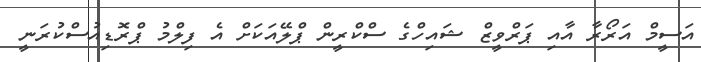
އަސީމް އަރޯރާ އާއި ޕަރްވީޒް ޝައިހްގެ ސްކްރީން ޕްލޭއަކަށް އެ ފިލްމު ޕްރޮޑިއުސްކުރަނީ